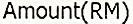
AMOUNT(RM)